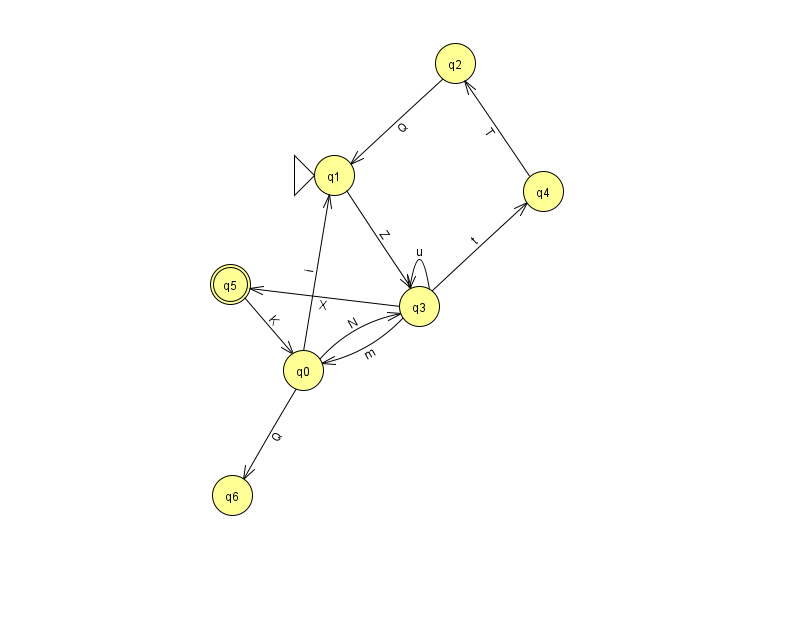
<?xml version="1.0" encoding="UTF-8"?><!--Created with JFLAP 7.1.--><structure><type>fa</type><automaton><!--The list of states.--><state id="0" name="q0"><x>303.0</x><y>357.0</y></state><state id="1" name="q1"><x>334.0</x><y>162.0</y><initial/></state><state id="2" name="q2"><x>455.0</x><y>50.0</y></state><state id="3" name="q3"><x>419.0</x><y>293.0</y></state><state id="4" name="q4"><x>543.0</x><y>178.0</y></state><state id="5" name="q5"><x>230.0</x><y>271.0</y><final/></state><state id="6" name="q6"><x>232.0</x><y>482.0</y></state><!--The list of transitions.--><transition><from>0</from><to>3</to><read>N</read></transition><transition><from>4</from><to>2</to><read>T</read></transition><transition><from>0</from><to>6</to><read>Q</read></transition><transition><from>3</from><to>0</to><read>m</read></transition><transition><from>3</from><to>3</to><read>u</read></transition><transition><from>0</from><to>1</to><read>i</read></transition><transition><from>5</from><to>0</to><read>K</read></transition><transition><from>1</from><to>3</to><read>Z</read></transition><transition><from>3</from><to>5</to><read>X</read></transition><transition><from>2</from><to>1</to><read>Q</read></transition><transition><from>3</from><to>4</to><read>t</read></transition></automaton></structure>